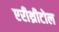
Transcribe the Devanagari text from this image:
एरीथ्रीटोल